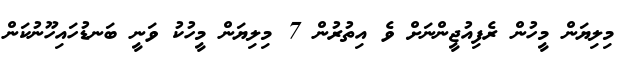
މިލިޔަން މީހުން ރެފިއުޖީންނަށް ވެ އިތުރުން 7 މިލިޔަން މީހުކު ވަނީ ބަނޑުހައިހޫނުކަން